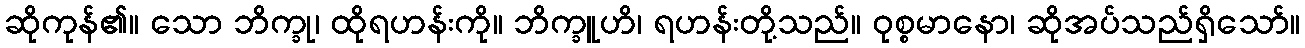
ဆိုကုန်၏။ သော ဘိက္ခု၊ ထိုရဟန်းကို။ ဘိက္ခူဟိ၊ ရဟန်းတို့သည်။ ဝုစ္စမာနော၊ ဆိုအပ်သည်ရှိသော်။